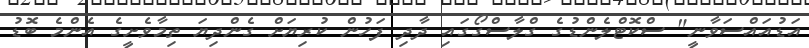
އަޑުއައްސަވާނީ" ސްކޮޓްލެންޑުގެ ގްލާސްގޯގައި ދާދި ފަހުން ކުރިޔަށް ގެންދިޔަ ތިމާވެށީގެ އެންމެ ބޮޑު